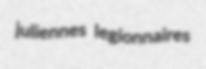
juliennes legionnaires